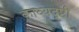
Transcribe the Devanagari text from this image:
काव्यदृष्टी